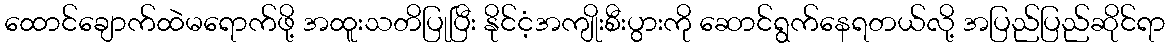
ထောင်ချောက်ထဲမရောက်ဖို့ အထူးသတိပြုပြီး နိုင်ငံ့အကျိုးစီးပွားကို ဆောင်ရွက်နေရတယ်လို့ အပြည်ပြည်ဆိုင်ရာ